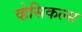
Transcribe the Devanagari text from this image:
व्हेसिकल्स